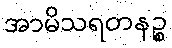
အာမိသရတနဉ္စ